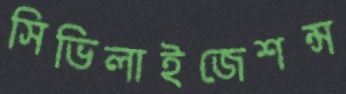
সিভিলাইজেশন্স